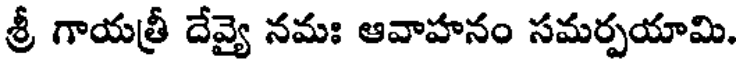
శ్రీ గాయత్రీ దేవ్యై నమః ఆవాహనం సమర్పయామి.